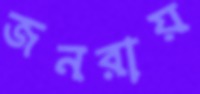
জনরায়